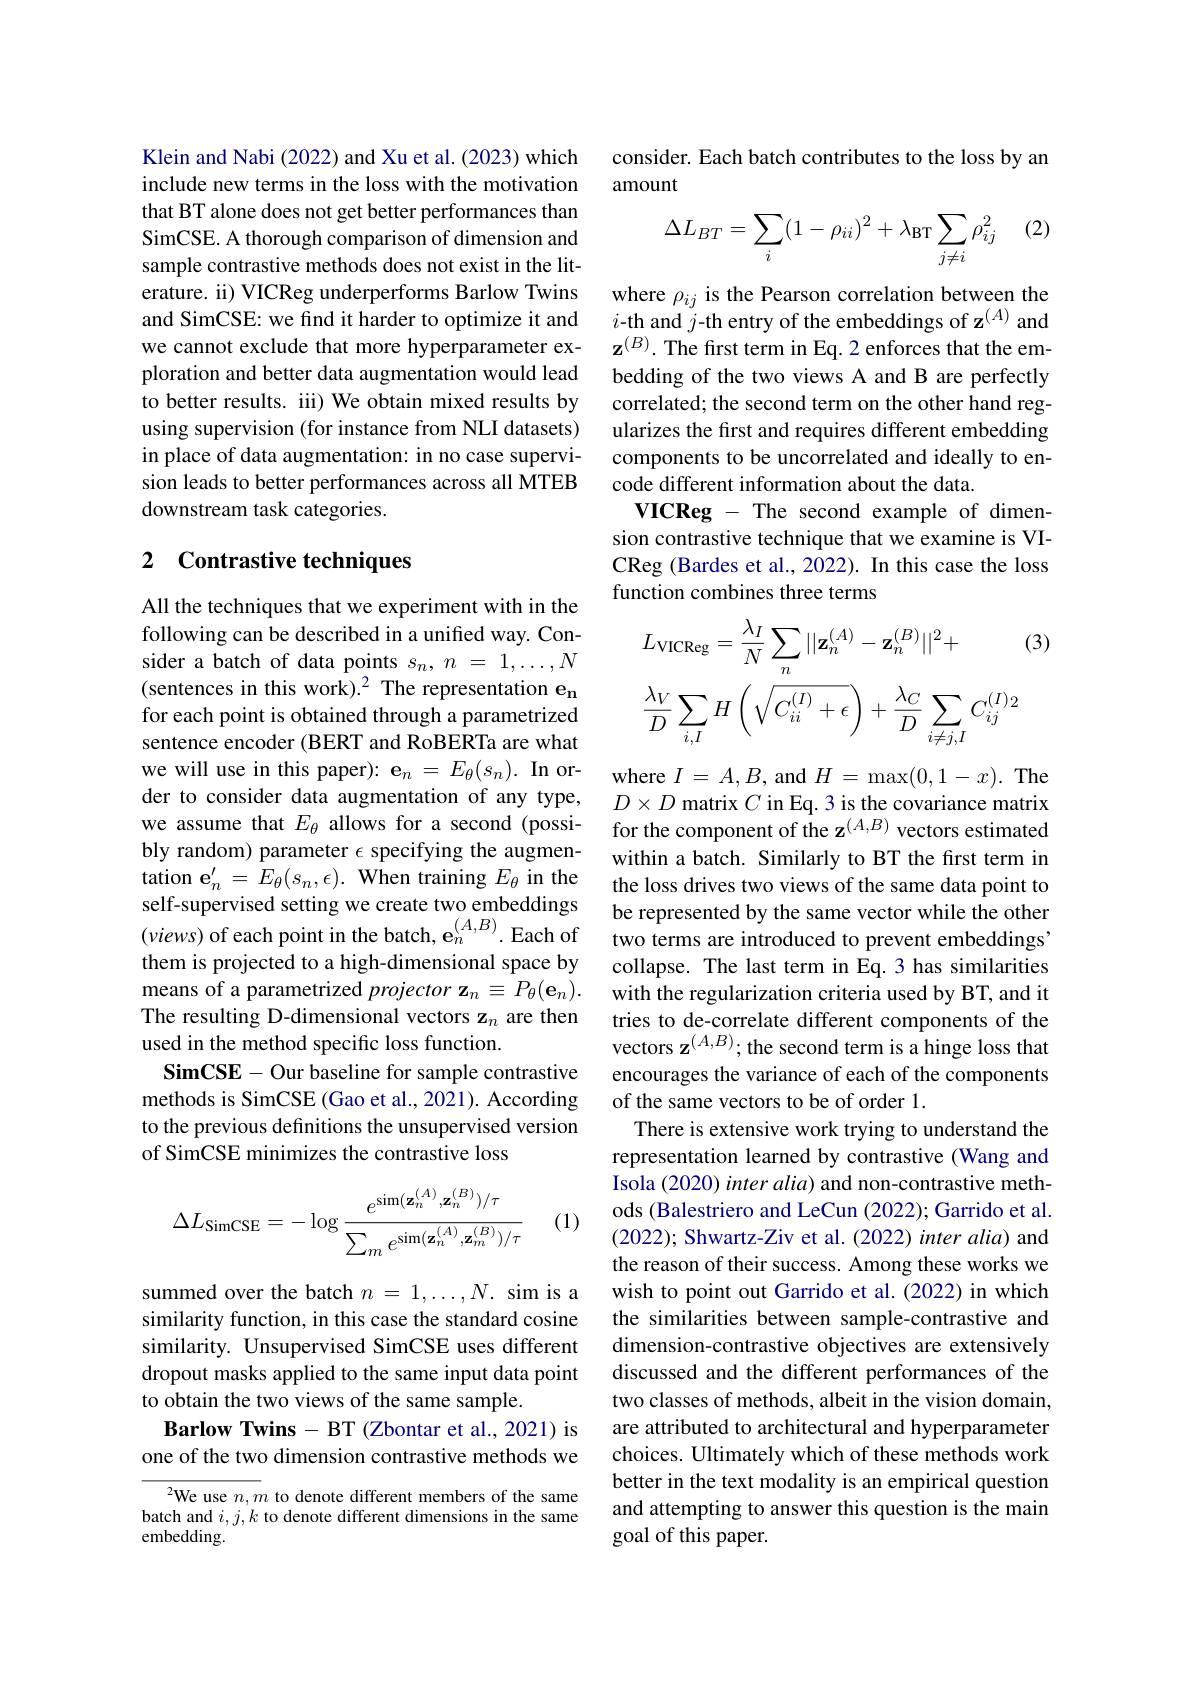
Klein and Nabi (2022) and Xu et al. (2023) which include new terms in the loss with the motivation that BT alone does not get better performances than SimCSE. A thorough comparison of dimension and sample contrastive methods does not exist in the literature. ii) VICReg underperforms Barlow Twins and SimCSE: we find it harder to optimize it and we cannot exclude that more hyperparameter exploration and better data augmentation would lead to better results. iii) We obtain mixed results by using supervision (for instance from NLI datasets) in place of data augmentation: in no case supervision leads to better performances across all MTEB downstream task categories.

## 2 Contrastive techniques

All the techniques that we experiment with in the following can be described in a unified way. Consider a batch of data points $s_n,n=1,\ldots,N$ (sentences in this work).$^2$ The representation en for each point is obtained through a parametrized sentence encoder (BERT and RoBERTa are what we will use in this paper): $\mathbf{e} _n= E_\theta ( s_n) . \textbf{In or- }$ der to consider data augmentation of any type, we assume that $E_\theta$ allows for a second (possibly random) parameter $\epsilon$ specifying the augmentation $\mathbf{e}_n^{\prime}=E_\theta(s_n,\epsilon).$ When training $E_\theta$ in the self-supervised setting we create two embeddings $(views)$ of each point in the batch, $\mathbf{e}_n^{(A,B)}.$ Each of two terms are introduced to prevent embeddings$’$
them is projected to a high-dimensional space by means of a parametrized $projector\mathbf{z}_n\equiv P_\theta(\mathbf{e}_n).$ The resulting D-dimensional vectors z$_n$ are then used in the method specific loss function.
SimCSE- Our baseline for sample contrastive methods is SimCSE (Gao et al., 2021). According to the previous definitions the unsupervised version of SimCSE minimizes the contrastive loss

(1)
$$\Delta L_{\mathrm{SimCSE}}=-\log\frac{e^{\sin(\mathbf{z}_{n}^{(A)},\mathbf{z}_{n}^{(B)})/\tau}}{\sum_{m}e^{\sin(\mathbf{z}_{n}^{(A)},\mathbf{z}_{m}^{(B)})/\tau}}$$
summed over the batch $n=1,\ldots,N.$ sim is a similarity function, in this case the standard cosine similarity. Unsupervised SimCSE uses different dropout masks applied to the same input data point to obtain the two views of the same sample.
Barlow Twins - BT (Zbontar et al., 2021) is one of the two dimension contrastive methods we

$^{2}$We use $n,m$ to denote different members of the same batch and $i,j,k$ to denote different dimensions in the same embedding

consider. Each batch contributes to the loss by an
amount

(2)
$$\Delta L_{BT}=\sum_i(1-\rho_{ii})^2+\lambda_{\text{BT}}\sum_{j\neq i}\rho_{ij}^2$$
where $\rho_{ij}$ is the Pearson correlation between the $i$-th and $j$-th entry of the embeddings of z$^{(A)}$ and $\mathbf{z}^{(B)}.$ The first term in Eq. 2 enforces that the embedding of the two views A and B are perfectly correlated; the second term on the other hand regularizes the first and requires different embedding components to be uncorrelated and ideally to encode different information about the data.
VICReg - The second example of dimension contrastive technique that we examine is VICReg (Bardes et al., 2022). In this case the loss function combines three terms
$$\begin{aligned}&L_{\mathrm{VICReg}}=\frac{\lambda_{I}}{N}\sum_{n}||\mathbf{z}_{n}^{(A)}-\mathbf{z}_{n}^{(B)}||^{2}+&\text{(3)}\\&\frac{\lambda_{V}}{D}\sum_{i,I}H\left(\sqrt{C_{ii}^{(I)}+\epsilon}\right)+\frac{\lambda_{C}}{D}\sum_{i\neq j,I}C_{ij}^{(I)_{2}}\end{aligned}$$
where $I=A,B$, and $H=\max(0,1-x).$ The $D\times D$ matrix $C$ in Eq. 3 is the covariance matrix for the component of the z$^{(A,B)}$ vectors estimated within a batch. Similarly to BT the first term in the loss drives two views of the same data point to be represented by the same vector while the other collapse. The last term in Eq. 3 has similarities with the regularization criteria used by BT, and it tries to de-correlate different components of the vectors $\mathbf{z}^{(A,B)};$the second term is a hinge loss that encourages the variance of each of the components of the same vectors to be of order 1.
There is extensive work trying to understand the representation learned by contrastive (Wang and Isola (2020) inter alia) and non-contrastive methods (Balestriero and LeCun (2022); Garrido et al. (2022); Shwartz-Ziv et al.(2022) inter alia) and the reason of their success. Among these works we wish to point out Garrido et al.(2022) in which the similarities between sample-contrastive and dimension-contrastive objectives are extensively discussed and the different performances of the two classes of methods, albeit in the vision domain, are attributed to architectural and hyperparameter choices. Ultimately which of these methods work better in the text modality is an empirical question and attempting to answer this question is the main goal of this paper.